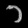
Digit: ၁